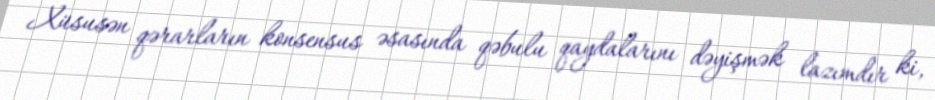
Xüsusən qərarların konsensus əsasında qəbulu qaydalarını dəyişmək lazımdır ki,